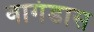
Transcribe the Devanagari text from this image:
वागंडास